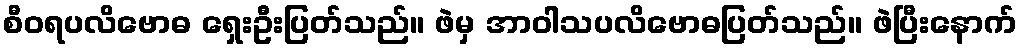
စီဝရပလိဗောဓ ရှေးဦးပြတ်သည်။ ဖဲမှ အာဝါသပလိဗောဓပြတ်သည်။ ဖဲပြီးနောက်